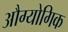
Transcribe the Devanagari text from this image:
औग्योगिक